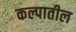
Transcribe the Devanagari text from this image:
कल्पातील